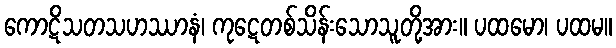
ကောဋိသတသဟဿာနံ၊ ကုဋေတစ်သိန်းသောသူတို့အား။ ပထမော၊ ပထမ။